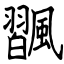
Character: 飁